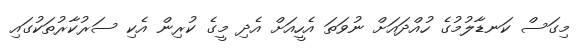
މިގަސް ކަނޑާލުމުގެ ހުއްދައަށް ނުވަތަ އެހީއަށް އެދި މީގެ ކުރިން އެކި ސަރުކާރުތަކުގައި